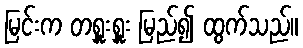
မြင်းက တရှူးရှူး မြည်၍ ထွက်သည်။